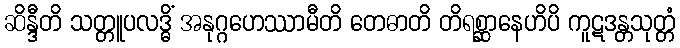
ဆိန္ဒီတိ သတ္တူပလဒ္ဓိံ အနုဂ္ဂဟေဿာမီတိ တေဓာတိ တိရစ္ဆာနေဟိပိ ကူဋဒန္တသုတ္တံ